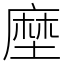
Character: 塺